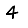
Digit: 4